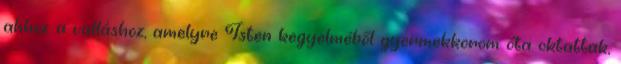
ahhoz a valláshoz, amelyre Isten kegyelméből gyermekkorom óta oktattak,